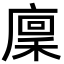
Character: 𢊸